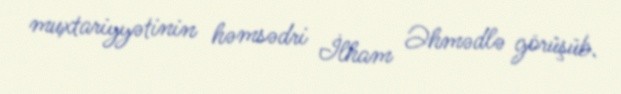
muxtariyyətinin həmsədri İlham Əhmədlə görüşüb.